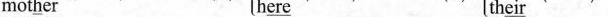
mot\underline{h}er h\underline{ere} th\underline{eir}